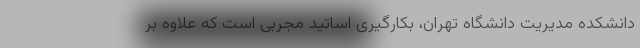
دانشکده مدیریت دانشگاه تهران، بکارگیری اساتید مجربی است که علاوه بر